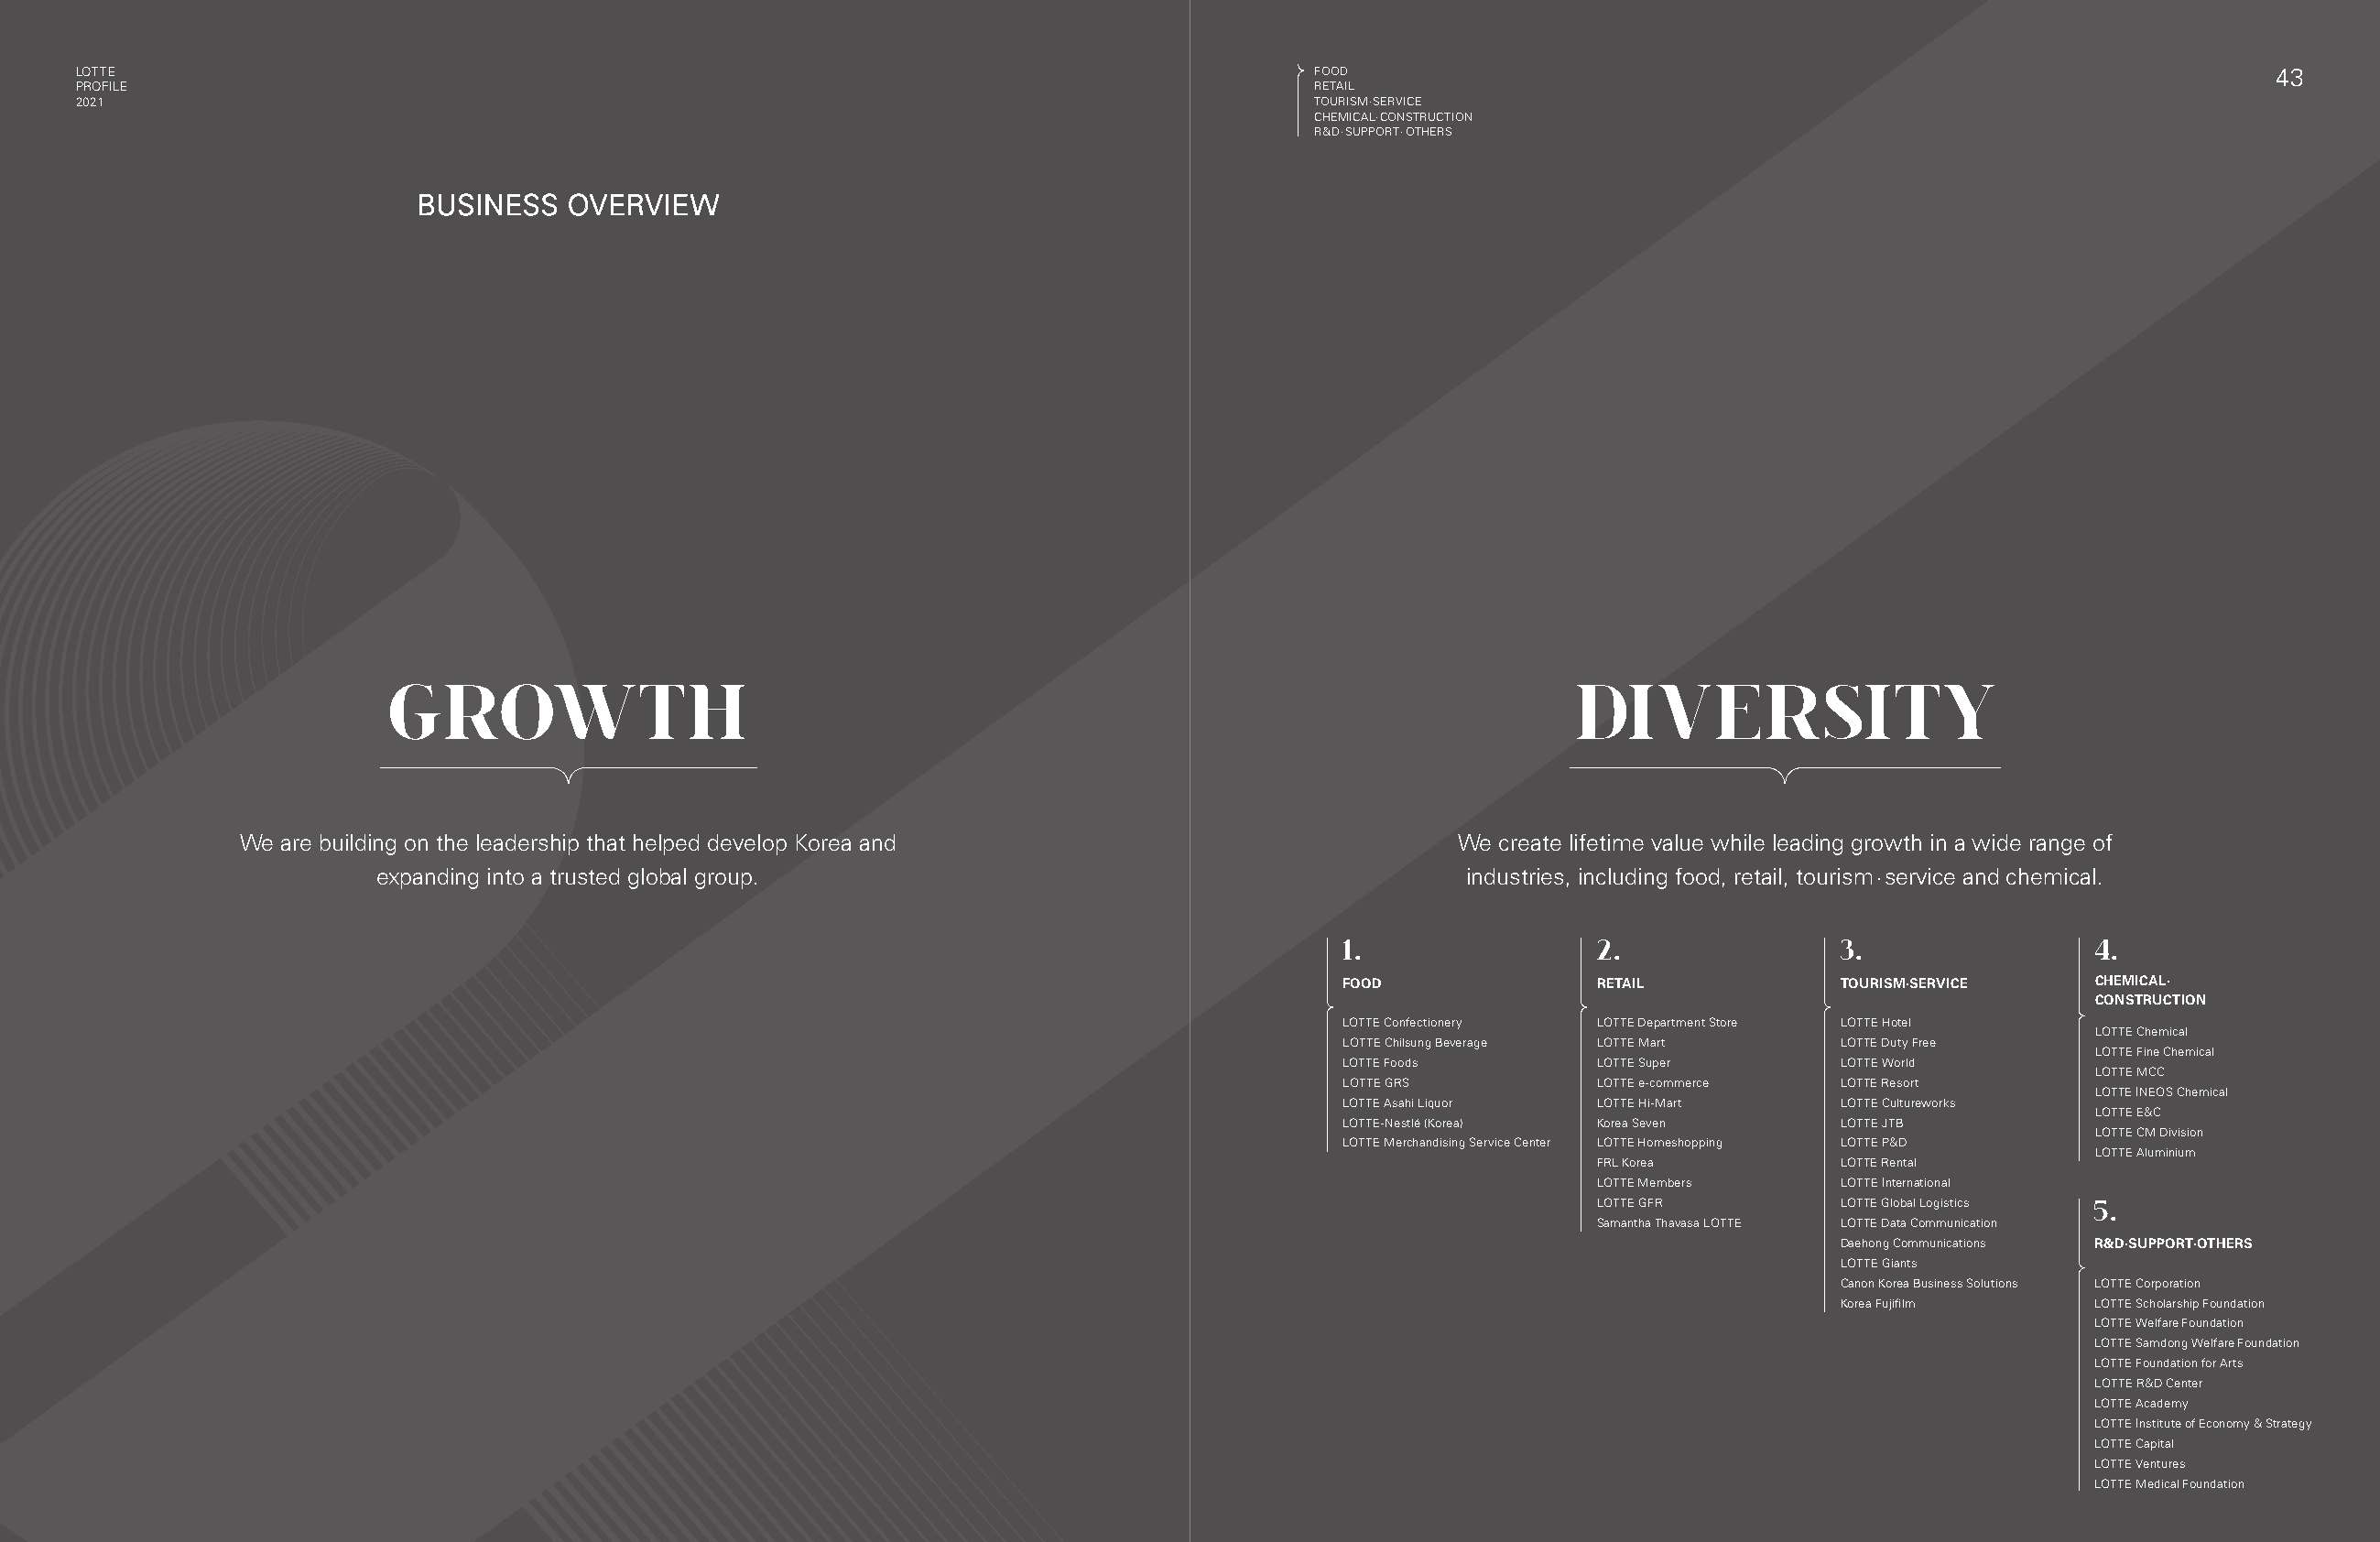
LOTTE                                                                                     FOOD                                                                  4433
 PROFILE                                                                                   RETAIL
 2021                                                                                      TOURISM·SERVICE
 CHEMICAL·CONSTRUCTION
 R&D·SUPPORT·OTHERS
 BBUUSSIINNEESSSS OOVVEERRVVIIEEWW
 GROWTH                                                                                DIVERSITY
 We are building on the leadership that helped develop Korea and                         We create lifetime value while leading growth in a wide range of
 expanding into a trusted global group.                                         industries, including food, retail, tourism·service and chemical.
 1.                2.                3.                4.
 FOOD              RETAIL            TOURISM·SERVICE   CHEMICAL·
 CONSTRUCTION
 LOTTE Confectionery LOTTE Department Store LOTTE Hotel
 LOTTE Chemical
 LOTTE Chilsung Beverage LOTTE Mart  LOTTE Duty Free
 LOTTE Fine Chemical
 LOTTE Foods       LOTTE Super       LOTTE World
 LOTTE MCC
 LOTTE GRS         LOTTE e-commerce  LOTTE Resort
 LOTTE INEOS Chemical
 LOTTE Asahi Liquor LOTTE Hi-Mart    LOTTE Cultureworks
 LOTTE E&C
 LOTTE-Nestlé (Korea) Korea Seven    LOTTE JTB
 LOTTE CM Division
 LOTTE Merchandising Service Center LOTTE Homeshopping LOTTE P&D
 LOTTE Aluminium
 FRL Korea         LOTTE Rental
 LOTTE Members     LOTTE International
 LOTTE GFR         LOTTE Global Logistics 5.
 Samantha Thavasa LOTTE LOTTE Data Communication
 Daehong Communications R&D·SUPPORT·OTHERS
 LOTTE Giants
 Canon Korea Business Solutions LOTTE Corporation
 Korea Fujifilm    LOTTE Scholarship Foundation
 LOTTE Welfare Foundation
 LOTTE Samdong Welfare Foundation
 LOTTE Foundation for Arts
 LOTTE R&D Center
 LOTTE Academy
 LOTTE Institute of Economy & Strategy
 LOTTE Capital
 LOTTE Ventures
 LOTTE Medical Foundation